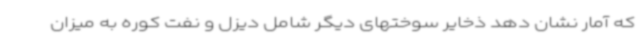
که آمار نشان دهد ذخایر سوختهای دیگر شامل دیزل و نفت کوره به میزان